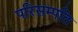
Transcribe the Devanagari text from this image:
परिसम्पति